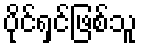
ပိုင်ရှင်ဖြစ်သူ